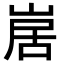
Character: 𭖱